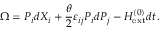
\Omega = P _ { i } d X _ { i } + \frac { \theta } { 2 } \varepsilon _ { i j } P _ { i } d P _ { j } - H _ { \mathrm { e x t } } ^ { ( 0 ) } d t \, .